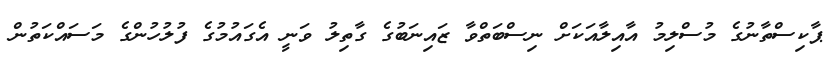
ޕާކިސްތާނުގެ މުސްލިމު އާއިލާއަކަށް ނިސްބަތްވާ ޒައިނަބުގެ ގާތިލު ވަނީ އެގައުމުގެ ފުލުހުންގެ މަސައްކަތުން